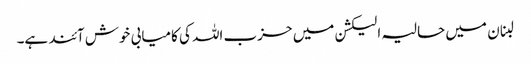
لبنان میں حالیہ الیکشن میں حزب اللہ کی کامیابی خوش آئند ہے۔